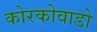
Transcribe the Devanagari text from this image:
कोरकोवाडो